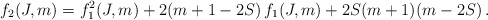
\begin{align*} f_2(J,m) = f^2_1(J,m) + 2(m+1-2S) \, f_1(J,m) + 2S(m+1)(m-2S) \,.\end{align*}